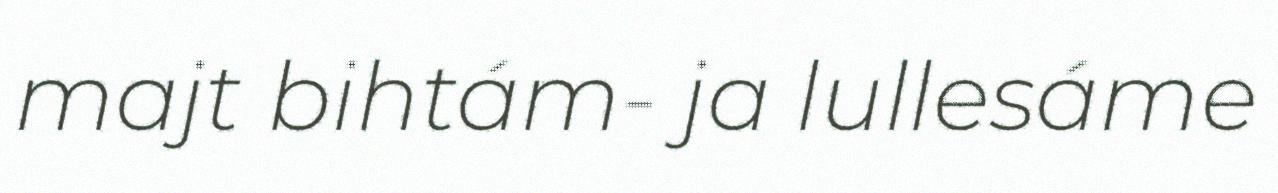
majt bihtám- ja lullesáme